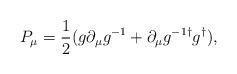
LaTeX: \begin{align*}P_\mu = {1\over 2} (g \partial_\mu g^{-1} + \partial_\mu g^{-1\dagger}g^{\dagger}),\end{align*}